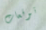
توقعات